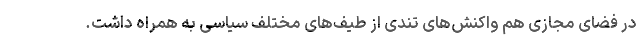
در فضای مجازی هم واکنش‌های تندی از طیف‌های مختلف سیاسی به همراه داشت.